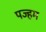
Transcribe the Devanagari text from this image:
पज्हम